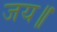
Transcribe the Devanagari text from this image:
जय॥